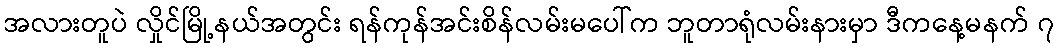
အလားတူပဲ လှိုင်မြို့နယ်အတွင်း ရန်ကုန်အင်းစိန်လမ်းမပေါ်က ဘူတာရုံလမ်းနားမှာ ဒီကနေ့မနက် ၇